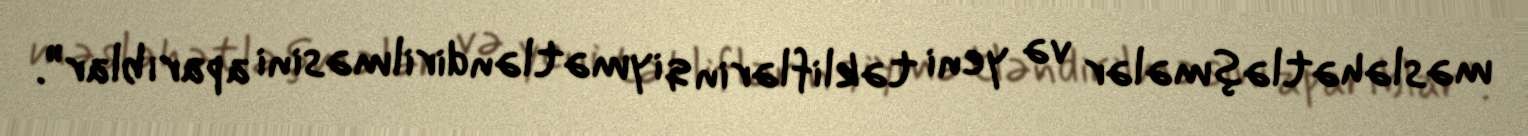
məsləhətləşmələr və yeni təkliflərin qiymətləndirilməsini aparıblar”.